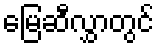
မြေဆီလွှာတွင်